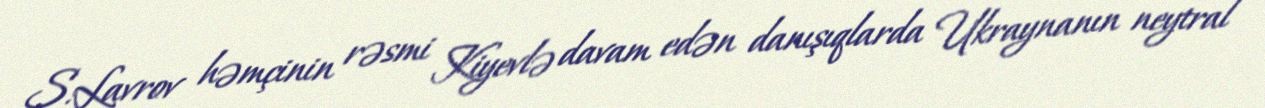
S.Lavrov həmçinin rəsmi Kiyevlə davam edən danışıqlarda Ukraynanın neytral